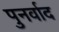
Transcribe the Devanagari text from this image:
पुनर्वाद